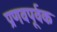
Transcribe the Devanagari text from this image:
प्रणवपूर्वक